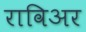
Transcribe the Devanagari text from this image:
राविअर